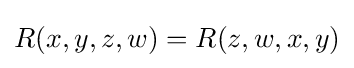
R(x,y,z,w)=R(z,w,x,y)